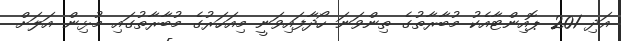
އަދި 201 ޕޮއިންޓާއެކު މުބާރާތުގެ ތިންވަނަ ހޯދާފައިވަނީ މިއަހަރުގެ މުބާރާތުގައި މުޅިން އަލަށް